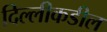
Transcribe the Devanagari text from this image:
दिल्लीकडील